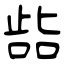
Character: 啙